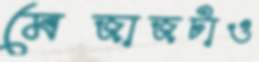
মেজাজটাও